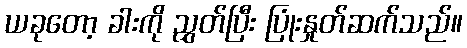
ယခုတော့ ခါးကို ညွှတ်ပြီး ပြုံးနှုတ်ဆက်သည်။